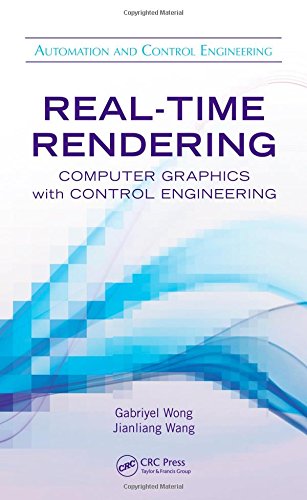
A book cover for Real-Time Rendering: Computer Graphics with Control Engineering (Automation and Control Engineering); Gabriyel Wong; Computers & Technology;